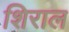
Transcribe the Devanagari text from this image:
शिराल